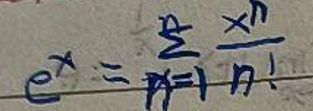
$e^{x}=\sum_{n = 1}^{\infty}\frac{x^{n}}{n!}$